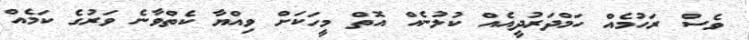
ވެސް ރަހުމެއް ހަމްދަރުދީއެއް ކުލުނެއް އޮތް މީހަކަށް ވިއްޔާ ކެތްވާނެ ވަރުގެ ކަމެއް